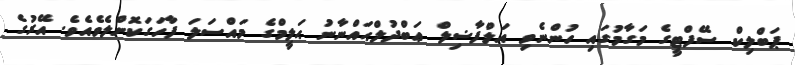
ޕަބްލިކް ސޭފްޓީގެ މަގާމުގައި ހުންނެވި އަލްފާޟިލް ޢަބްދުލްޙައްނާނު ޙަލީމްގެ މައްސަލަ ފާހަގަކޮށްލެވެއެވެ. އޭރުގެ